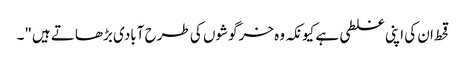
قحط ان کی اپنی غلطی ہے کیونکہ وہ خرگوشوں کی طرح آبادی بڑھاتے ہیں"۔